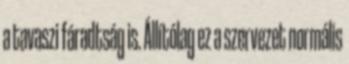
a tavaszi fáradtság is. Állítólag ez a szervezet normális